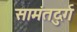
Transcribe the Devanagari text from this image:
सामंतदुर्ग